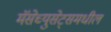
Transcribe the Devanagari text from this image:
मॅसेच्युसेट्समधील